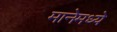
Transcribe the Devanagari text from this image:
मानेमध्ये